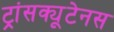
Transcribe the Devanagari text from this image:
ट्रांसक्यूटेनस